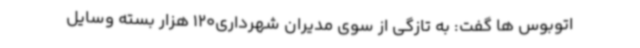
اتوبوس ها گفت: به تازگی از سوی مدیران شهرداری120 هزار بسته وسایل